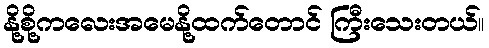
နို့စို့ကလေးအမေနို့ထက်တောင် ကြီးသေးတယ်။